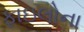
ફાઇલોના